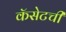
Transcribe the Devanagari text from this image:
कॅसेटची